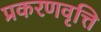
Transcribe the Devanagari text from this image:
प्रकरणवृत्ति